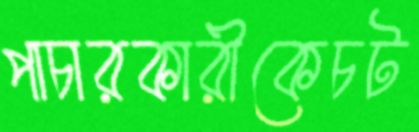
পাচারকারীকেচট